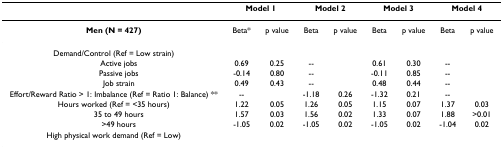
<table><thead><tr><td></td><td colspan="2"><b>Model 1</b></td><td colspan="2"><b>Model 2</b></td><td colspan="2"><b>Model 3</b></td><td colspan="2"><b>Model 4</b></td></tr></thead><tbody><tr><td><b>Men (N = 427)</b></td><td>Beta*</td><td>p value</td><td>Beta</td><td>p value</td><td>Beta</td><td>p value</td><td>Beta</td><td>p value</td></tr><tr><td>Demand/Control (Ref = Low strain)</td><td></td><td></td><td></td><td></td><td></td><td></td><td></td><td></td></tr><tr><td> Active jobs</td><td>0.69</td><td>0.25</td><td>--</td><td></td><td>0.61</td><td>0.30</td><td>--</td><td></td></tr><tr><td> Passive jobs</td><td>-0.14</td><td>0.80</td><td>--</td><td></td><td>-0.11</td><td>0.85</td><td>--</td><td></td></tr><tr><td> Job strain</td><td>0.49</td><td>0.43</td><td>--</td><td></td><td>0.48</td><td>0.44</td><td>--</td><td></td></tr><tr><td>Effort/Reward Ratio &gt; 1: Imbalance (Ref = Ratio 1: Balance) **</td><td>--</td><td></td><td>-1.18</td><td>0.26</td><td>-1.32</td><td>0.21</td><td>--</td><td></td></tr><tr><td>Hours worked (Ref = &lt;35 hours)</td><td>1.22</td><td>0.05</td><td>1.26</td><td>0.05</td><td>1.15</td><td>0.07</td><td>1.37</td><td>0.03</td></tr><tr><td> 35 to 49 hours</td><td>1.57</td><td>0.03</td><td>1.56</td><td>0.02</td><td>1.33</td><td>0.07</td><td>1.88</td><td>&gt;0.01</td></tr><tr><td> &gt;49 hours</td><td>-1.05</td><td>0.02</td><td>-1.05</td><td>0.02</td><td>-1.05</td><td>0.02</td><td>-1.04</td><td>0.02</td></tr><tr><td>High physical work demand (Ref = Low)</td><td></td><td></td><td></td><td></td><td></td><td></td><td></td><td></td></tr></tbody></table>